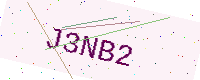
Text: J3NB2